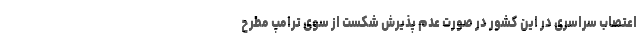
اعتصاب سراسری در این کشور در صورت عدم پذیرش شکست از سوی ترامپ مطرح